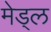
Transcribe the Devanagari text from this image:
मेड्ल